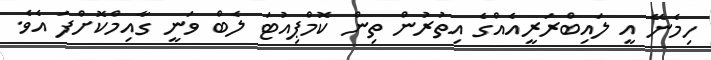
ހިމެނޭ އީ ލައިބްރަރީއެއްގެ އިތުރުން ތިން ކޮމްޕިއުޓަ ލެބް ވަނީ ގާއިމްކޮށްފަ އެވެ.